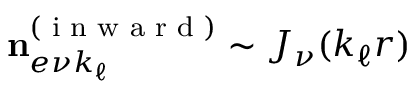
\mathbf { n } _ { e \nu k _ { \ell } } ^ { ( \textrm { i n w a r d } ) } \sim J _ { \nu } ( k _ { \ell } r )